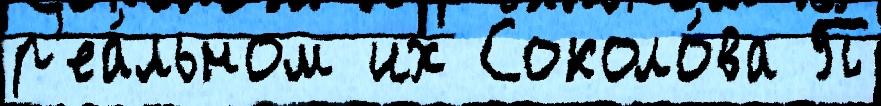
р'еа́льном их Соколо́ва П